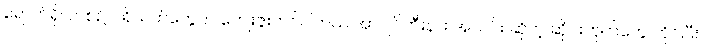
ရောက်ရှိလာစဉ် ပရိသတ်တွေက ကျေးဇူးတင်ပါတယ် အာဂျင်တီးနား အသင်း ဆိုတဲ့ ဆိုင်းဘုတ်တွေ ကိုင်ပြီး